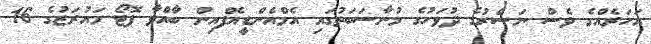
އަހަރެއްގެ ވެސް ނަސްރުގެ ދުވަހުގެ މުނާސަބަތުގައި އެމްއެންޑީއެފްއިން ބާއްވާ ފޮޓޯ މައުރަޒުގެ 16